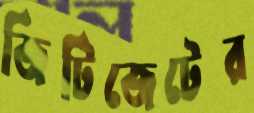
জিটিজেটের